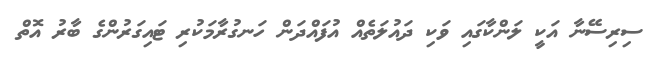
ސިރިސޭނާ އަކީ ލަންކާގައި ވަކި ދައުލަތެއް އުފައްދަން ހަނގުރާމަކުރި ޓައިގަރުންގެ ބާރު އޮތް